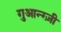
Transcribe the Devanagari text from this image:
गुआन्ग्ज़ी